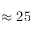
\approx 2 5